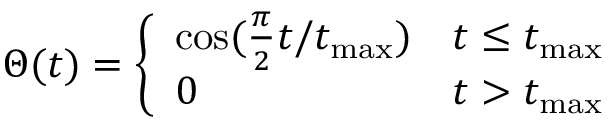
\Theta ( t ) = \left\{ \begin{array} { l l } { \cos ( \frac { \pi } { 2 } t / t _ { \mathrm { m a x } } ) } & { t \leq t _ { \mathrm { m a x } } } \\ { 0 } & { t > t _ { \mathrm { m a x } } } \end{array} \right.